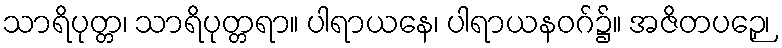
သာရိပုတ္တ၊ သာရိပုတ္တရာ။ ပါရာယနေ၊ ပါရာယနဝဂ်၌။ အဇိတပဉှေ၊